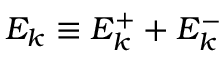
E _ { k } \equiv E _ { k } ^ { + } + E _ { k } ^ { - }